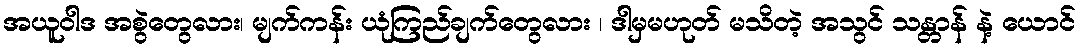
အယူဝါဒ အစွဲတွေလား၊ မျက်ကန်း ယုံကြည်ချက်တွေလား ၊ ဒါမှမဟုတ် မသိတဲ့ အသွင် သန္တာန် နဲ့ ယောင်